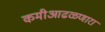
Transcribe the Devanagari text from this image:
कमीआढळणारा